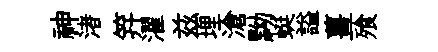
神渚笄濯兹埋滄黝蜓謚薑飱